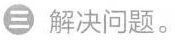
三 解决问题。